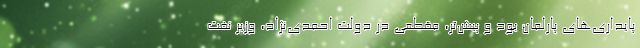
پایداری‌های پارلمان بود و پیش‌تر، مقطعی در دولت احمدی‌نژاد، وزیر نفت